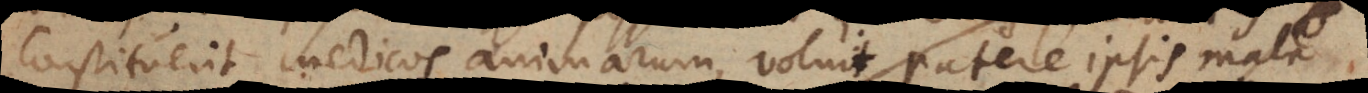
constituerit medicos animarum, voluit patere ipsis mala